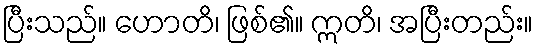
ပြီးသည်။ ဟောတိ၊ ဖြစ်၏။ ဣတိ၊ အပြီးတည်း။